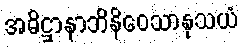
အဓိဋ္ဌာနာဘိနိဝေသာနုသယံ